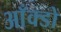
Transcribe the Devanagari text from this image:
आँक्डों